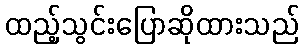
ထည့်သွင်းပြောဆိုထားသည်